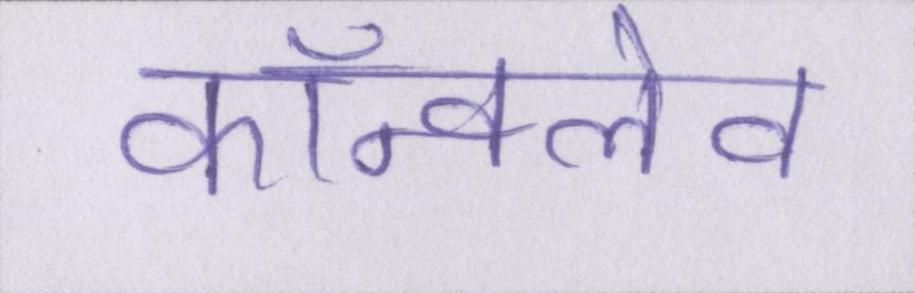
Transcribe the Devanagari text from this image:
कॉन्क्लेव